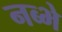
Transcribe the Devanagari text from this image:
नब्भे